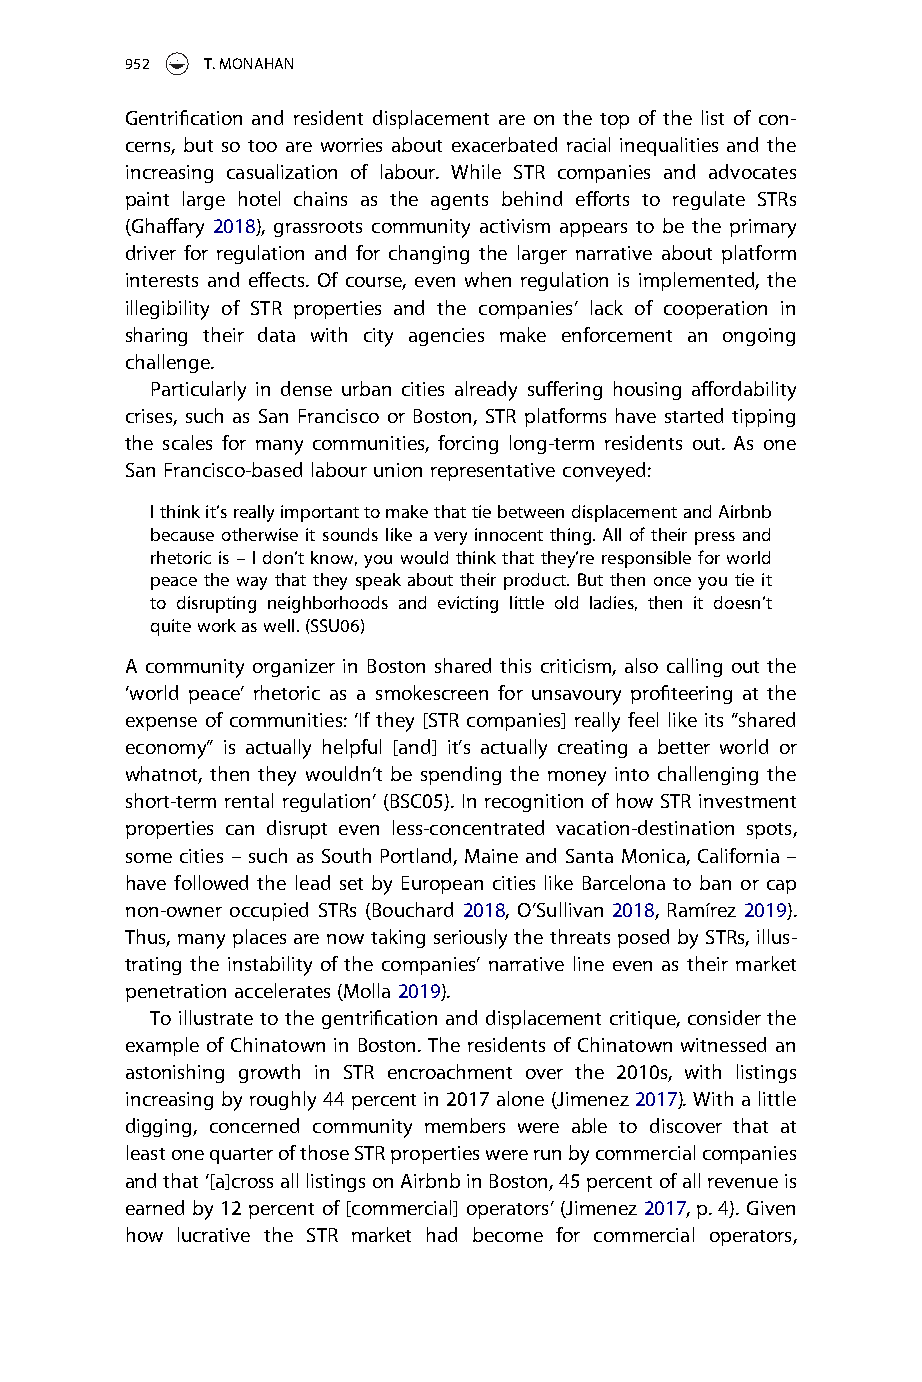
952   T.MONAHAN
 Gentrification and resident displacement are on the top of the list of con-
 cerns, but so too are worries about exacerbated racial inequalities and the
 increasing casualization of labour. While STR companies and advocates
 paint large hotel chains as the agents behind efforts to regulate STRs
 (Ghaffary 2018), grassroots community activism appears to be the primary
 driver for regulation and for changing the larger narrative about platform
 interests and effects. Of course, even when regulation is implemented, the
 illegibility of STR properties and the companies’ lack of cooperation in
 sharing their data with city agencies make enforcement an ongoing
 challenge.
 Particularly in dense urban cities already suffering housing affordability
 crises, such as San Francisco or Boston, STR platforms have started tipping
 the scales for many communities, forcing long-term residents out. As one
 San Francisco-based labourunion representative conveyed:
 Ithinkit’sreallyimportanttomakethattiebetweendisplacementandAirbnb
 because otherwise it sounds like a very innocent thing. All of their press and
 rhetoric is – I don’t know, you would think that they’re responsible for world
 peace the way that they speak about their product. But then once you tie it
 to disrupting neighborhoods and evicting little old ladies, then it doesn’t
 quiteworkaswell.(SSU06)
 A community organizer in Boston shared this criticism, also calling out the
 ‘world peace’ rhetoric as a smokescreen for unsavoury profiteering at the
 expense of communities: ‘If they [STR companies] really feel like its “shared
 economy” is actually helpful [and] it’s actually creating a better world or
 whatnot, then they wouldn’t be spending the money into challenging the
 short-term rental regulation’ (BSC05). In recognition of how STR investment
 properties can disrupt even less-concentrated vacation-destination spots,
 some cities – such as South Portland, Maine and Santa Monica, California –
 have followed the lead set by European cities like Barcelona to ban or cap
 non-owner occupied STRs (Bouchard 2018, O’Sullivan 2018, Ramírez 2019).
 Thus,many placesarenowtaking seriouslythe threatsposedbySTRs, illus-
 trating the instability of the companies’ narrative line even as their market
 penetration accelerates(Molla2019).
 To illustrate to the gentrification and displacement critique, consider the
 example of Chinatown in Boston. The residents of Chinatown witnessed an
 astonishing growth in STR encroachment over the 2010s, with listings
 increasing by roughly 44 percent in 2017 alone (Jimenez 2017). With a little
 digging, concerned community members were able to discover that at
 leastonequarterofthoseSTRpropertieswererunbycommercialcompanies
 andthat‘[a]crossalllistingsonAirbnbinBoston,45percentofallrevenueis
 earned by12 percent of[commercial]operators’(Jimenez 2017,p.4). Given
 how lucrative the STR market had become for commercial operators,